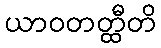
ယာဝတတ္ထီတိ